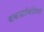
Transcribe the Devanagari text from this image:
बाबासाहेंबांविषयी